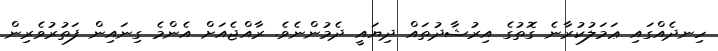
ހިނދެއްގައި ޢަމަލުކުރާނެ ގޮތުގެ އިރުޝާދުތައް ދިޔައީ ދެމުންނެވެ. ރާއްޖެއަށް އެންމެ ގިނައިން ފަތުރުވެރިން